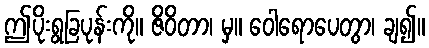
ဤပိုးရွခြပုန်းကို။ ဇိဝိတာ၊ မှ။ ဝေါရောပေတွာ၊ ချ၍။